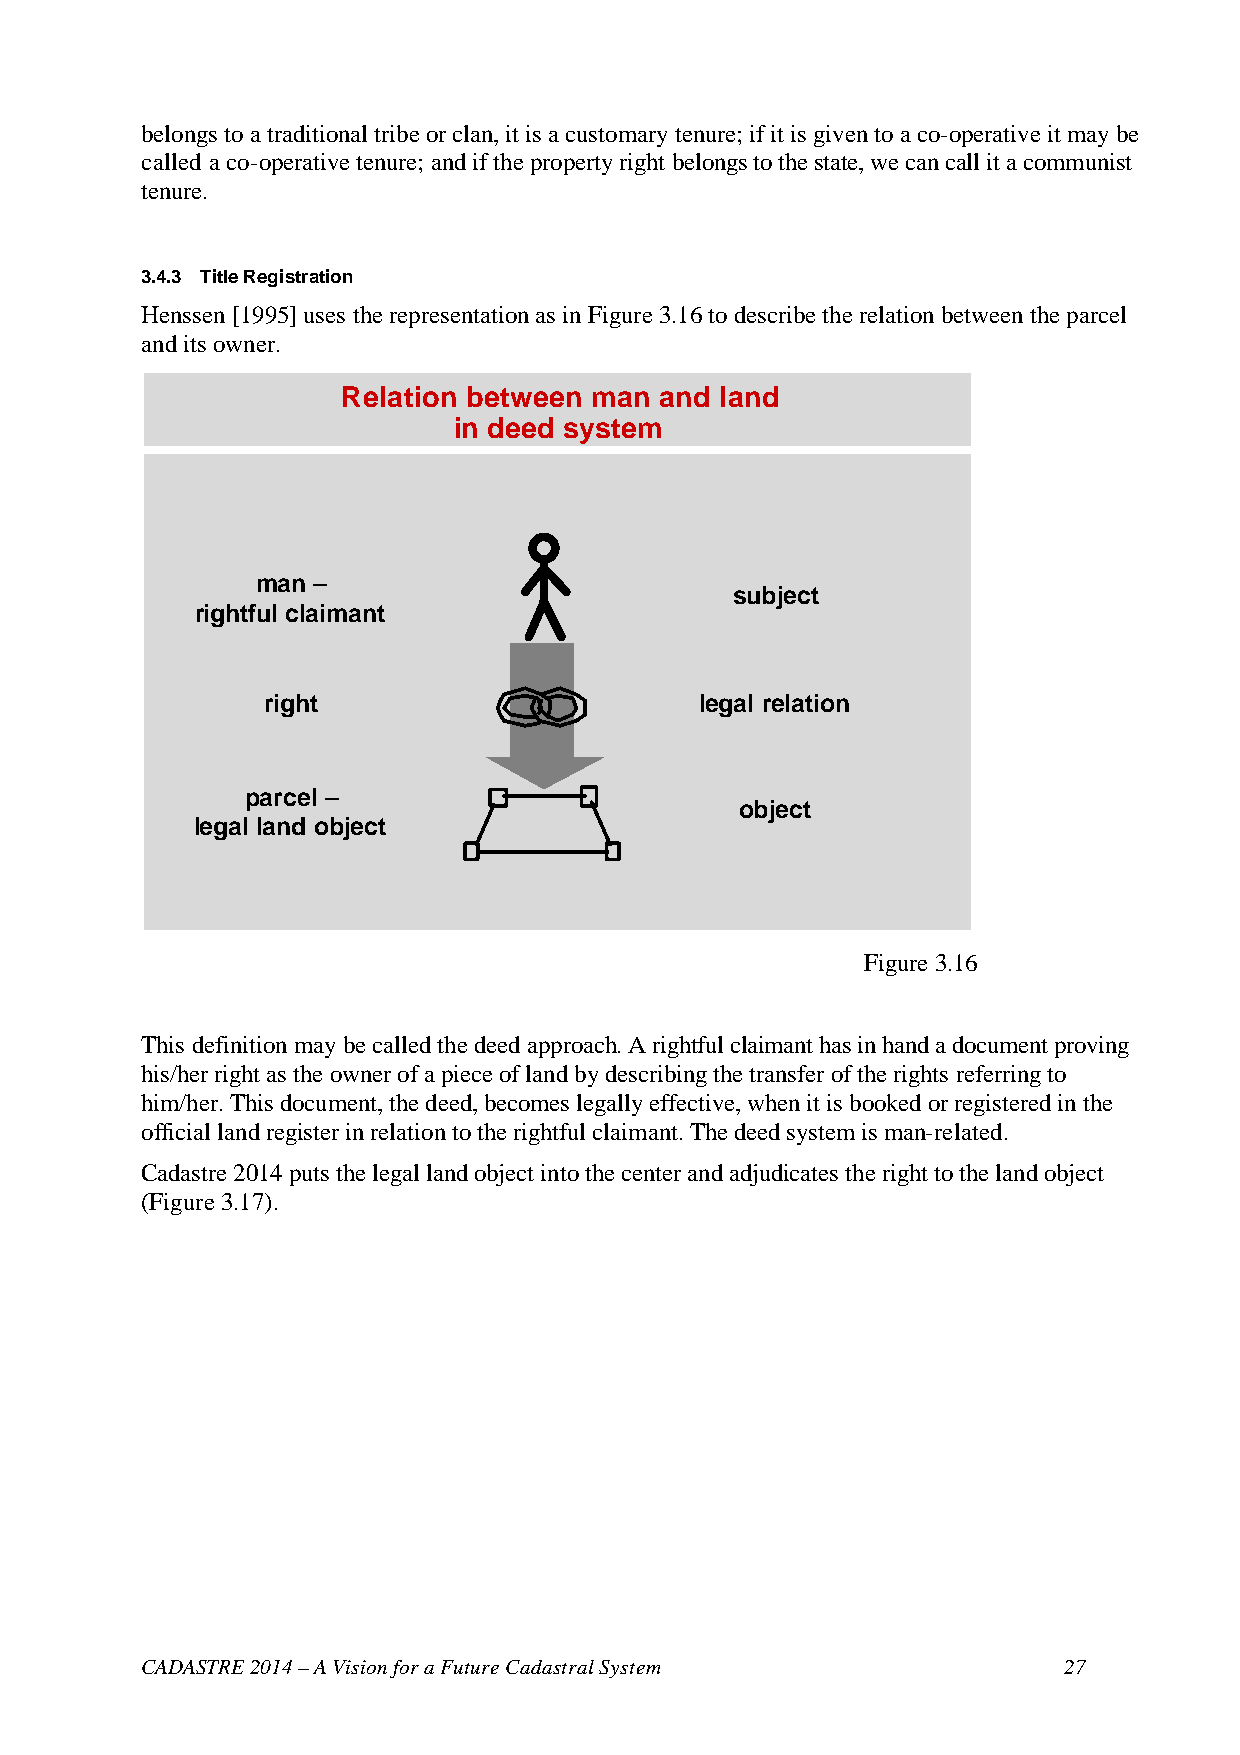
belongs to a traditional tribe or clan, it is a customary tenure; if it is given to a co-operative it may be
 called a co-operative tenure; and if the property right belongs to the state, we can call it a communist
 tenure.
 3.4.3 Title Registration
 Henssen [1995] uses the representation as in Figure 3.16 to describe the relation between the parcel
 and its owner.
 Relation between man and land
 in deed system
 man –
 subject
 rightful claimant
 right                        legal relation
 parcel –
 object
 legal land object
 Figure 3.16
 This definition may be called the deed approach. A rightful claimant has in hand a document proving
 his/her right as the owner of a piece of land by describing the transfer of the rights referring to
 him/her. This document, the deed, becomes legally effective, when it is booked or registered in the
 official land register in relation to the rightful claimant. The deed system is man-related.
 Cadastre 2014 puts the legal land object into the center and adjudicates the right to the land object
 (Figure 3.17).
 CADASTRE 2014 – A Vision for a Future Cadastral System       27